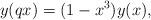
LaTeX: \begin{align*}y(qx)=(1-x^3)y(x),\end{align*}